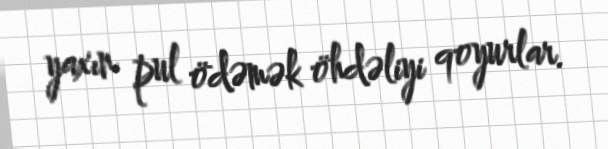
yaxın pul ödəmək öhdəliyi qoyurlar.